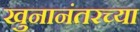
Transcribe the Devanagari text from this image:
खुनानंतरच्या